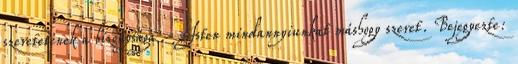
szeretetének a bizonysága - Isten mindannyiunkat máshogy szeret. Bejegyezte: